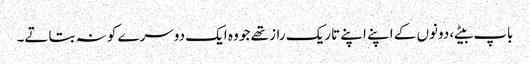
باپ بیٹے، دونوں کے اپنے اپنے تاریک راز تھے جو وہ ایک دوسرے کو نہ بتاتے۔